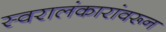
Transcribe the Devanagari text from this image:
स्वरालंकारांवरून